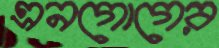
এনগোগের